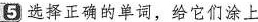
5 选择正确的单词,给它们涂上